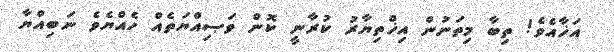
އަޚާއެވެ! ތިބާ މިތަނުން އިޚްތިޔާރު ކުރާނީ ކޮން ވަޞިއްޔަތެއް ހެއްޔެވެ ނަބިއްޔާ